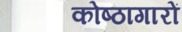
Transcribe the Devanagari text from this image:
कोष्ठागारों